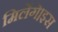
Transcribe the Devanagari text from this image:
मिलेंगे।इस